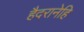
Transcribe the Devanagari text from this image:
हैदरानेहि